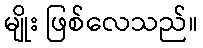
မျိုး ဖြစ်လေသည်။